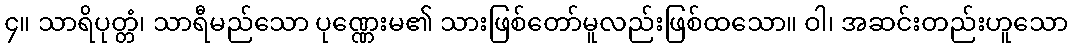
၄။ သာရိပုတ္တံ၊ သာရီမည်သော ပုဏ္ဏေးမ၏ သားဖြစ်တော်မူလည်းဖြစ်ထသော။ ဝါ၊ အဆင်းတည်းဟူသော